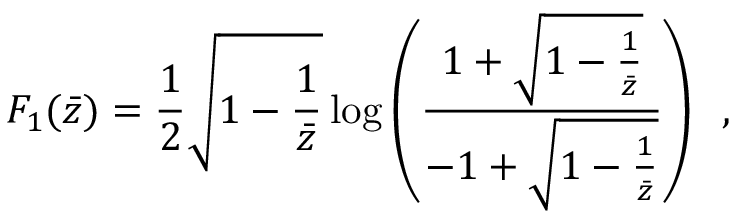
{ \cal F } _ { 1 } ( \bar { z } ) = \frac { 1 } { 2 } \sqrt { 1 - \frac { 1 } { \bar { z } } } \log \left( \frac { 1 + \sqrt { 1 - \frac { 1 } { \bar { z } } } } { - 1 + \sqrt { 1 - \frac { 1 } { \bar { z } } } } \right) \, \, \, ,